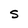
Character: 5